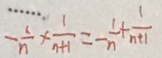
- \frac { 1 } { n } + \frac { 1 } { n + 1 } = - \frac { 1 } { n } + \frac { 1 } { n + 1 }